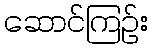
ဆောင်ကြဉ်း